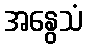
အနွေသံ